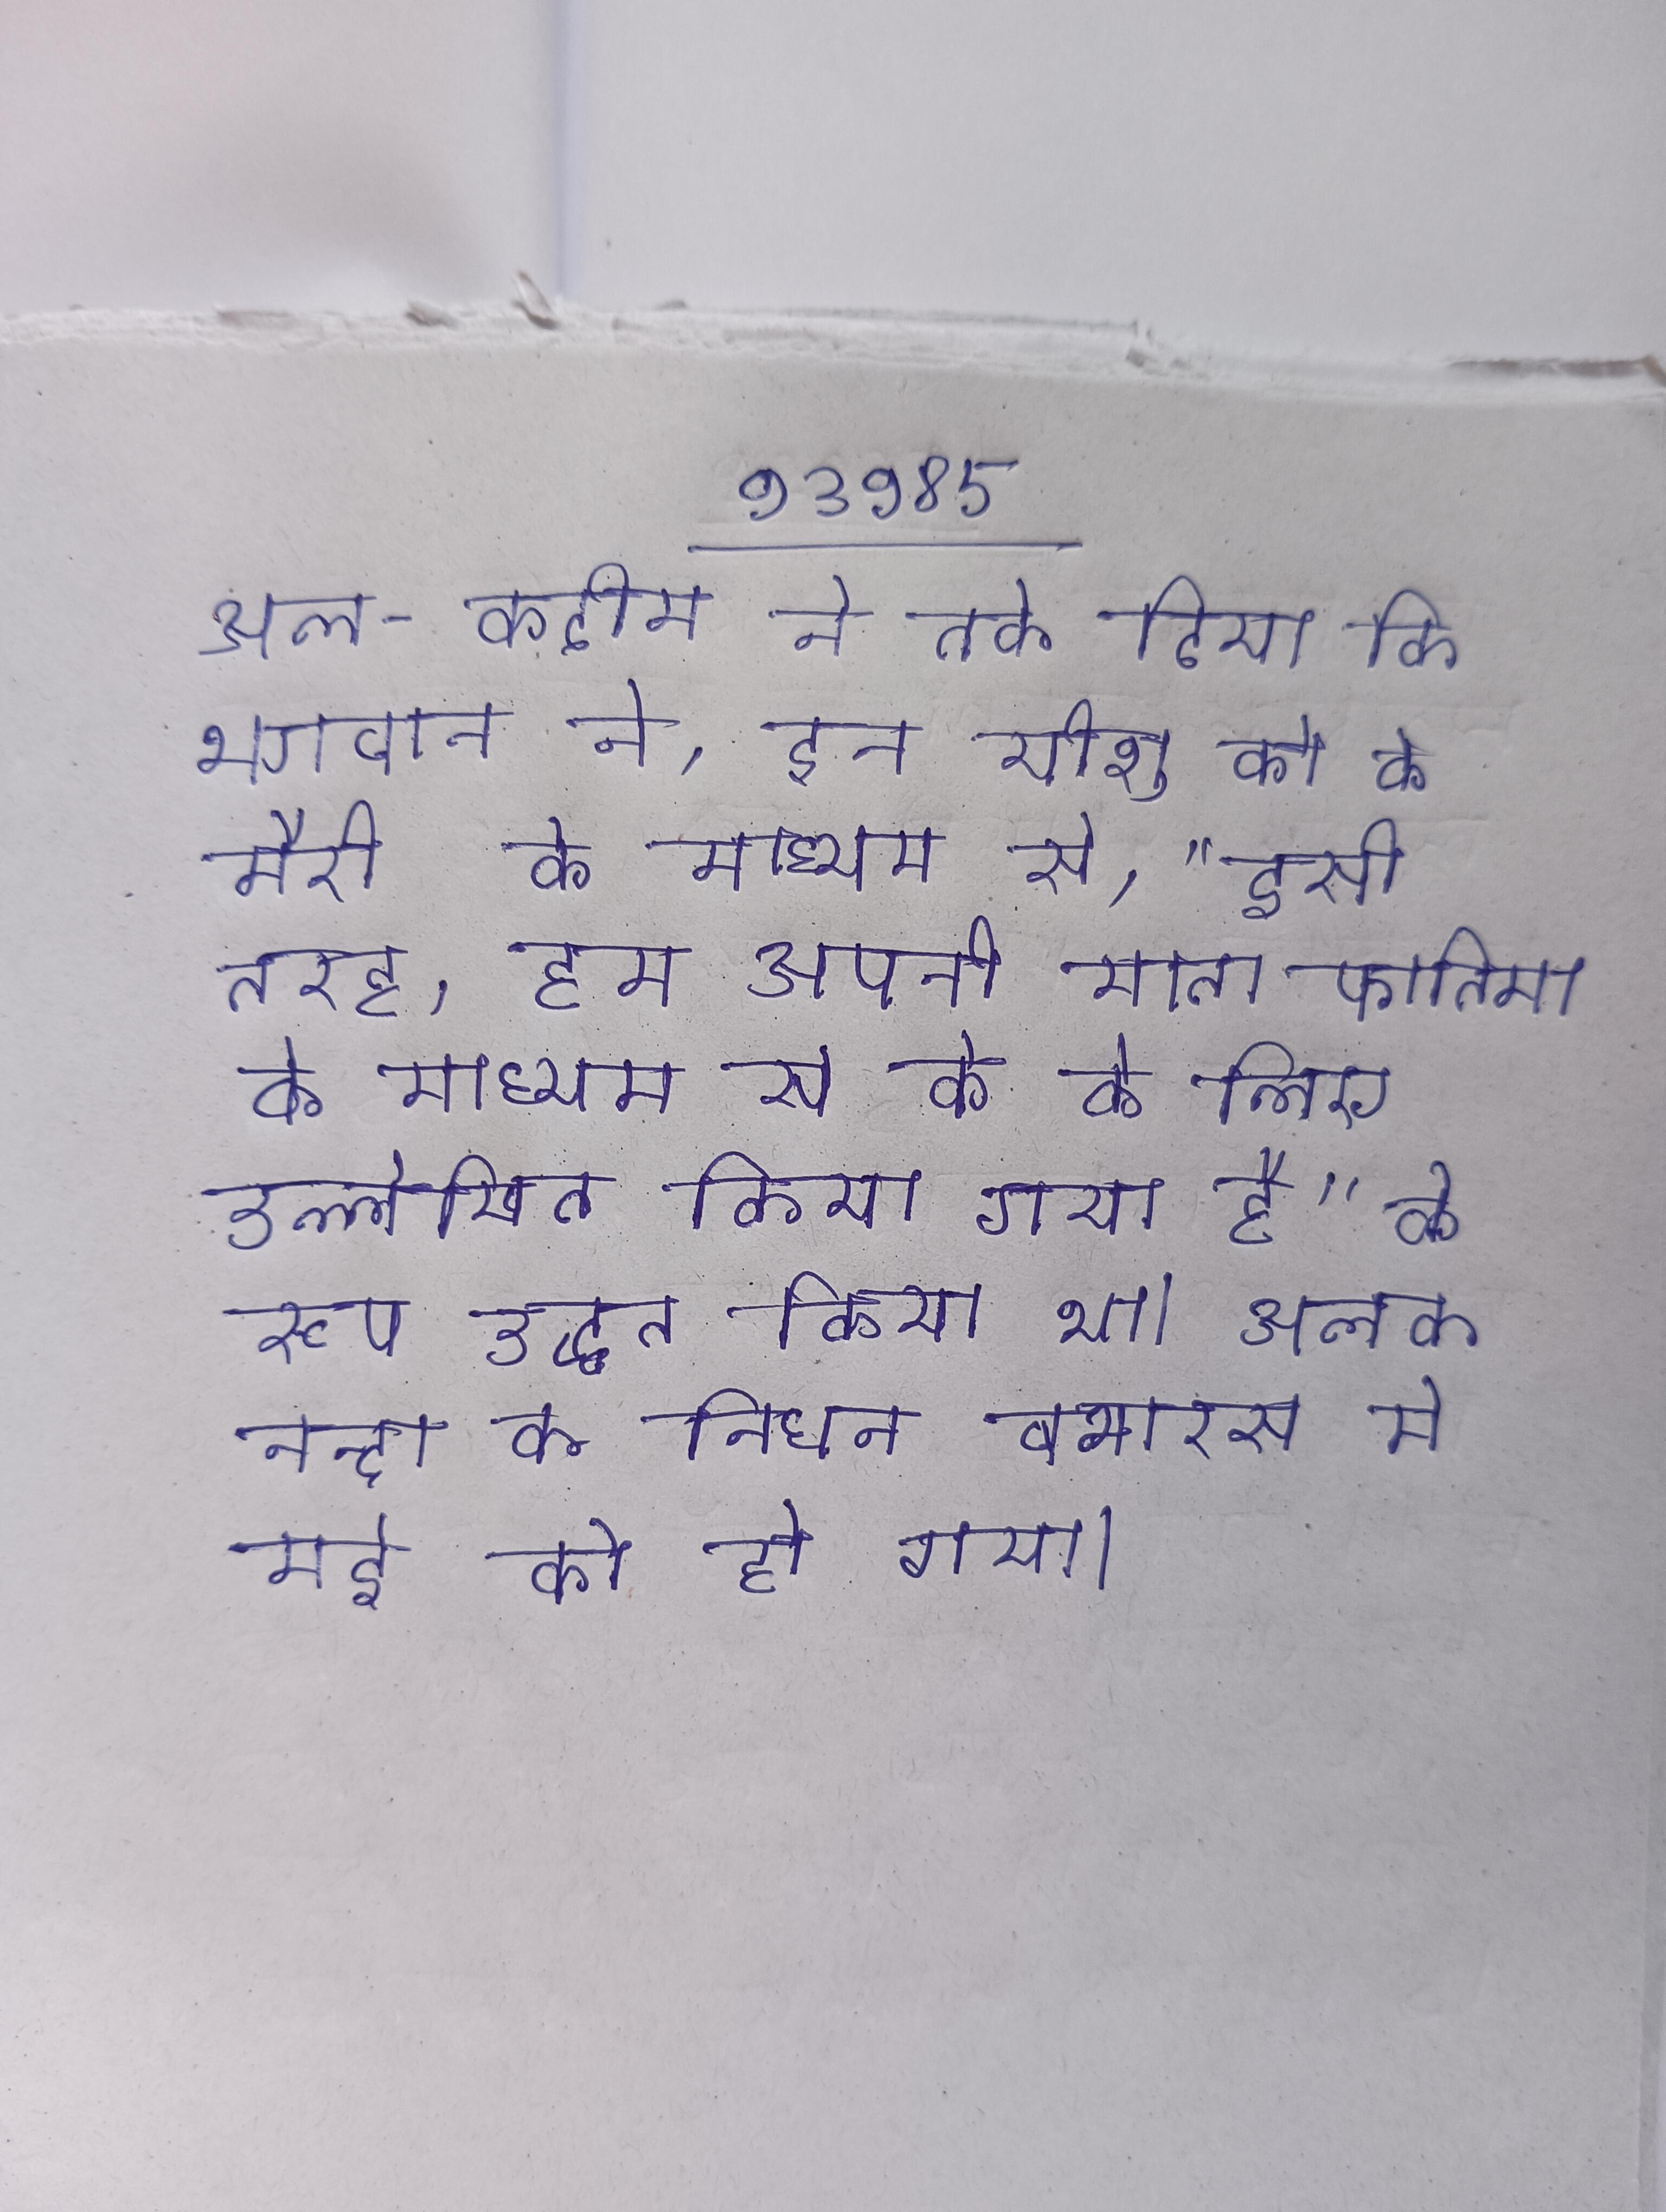
अल-कदीम ने तर्क दिया कि भगवान ने, इन यीशु को के मैरी के माध्यम से, "इसी तरह, हम अपनी माता फातिमा के माध्यम से के के लिए उल्लेखित किया गया है" के रूप उद्धृत किया था । अलक नन्दा क निधन बनारस मे मई को हो गया ।